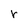
Character: r